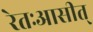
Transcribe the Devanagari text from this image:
रेतःआसीत्